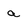
Character: a